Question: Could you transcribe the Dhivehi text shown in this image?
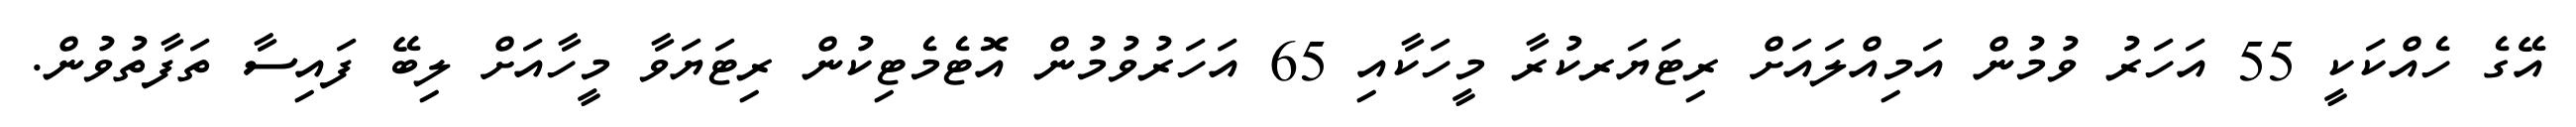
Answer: އޭގެ ހެއްކަކީ 55 އަހަރު ވުމުން އަމިއްލައަށް ރިޓަޔަރކުރާ މީހަކާއި 65 އަހަރުވުމުން އޮޓެމެޓިކުން ރިޓަޔަވާ މީހާއަށް ލިބޭ ފައިސާ ތަފާތުވުން.